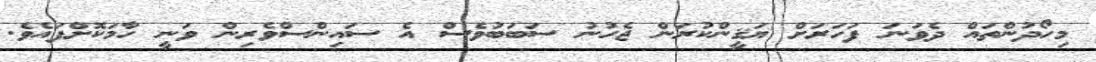
މިހޯދުންތައް ދެވަނަ ފަހަރަށް ޔަޤީންކުރަން ޖެހުނު ސަބަބުވެސް އެ ސައިންސްވެރިން ވަނީ ހާމަކޮށްފައެވެ.